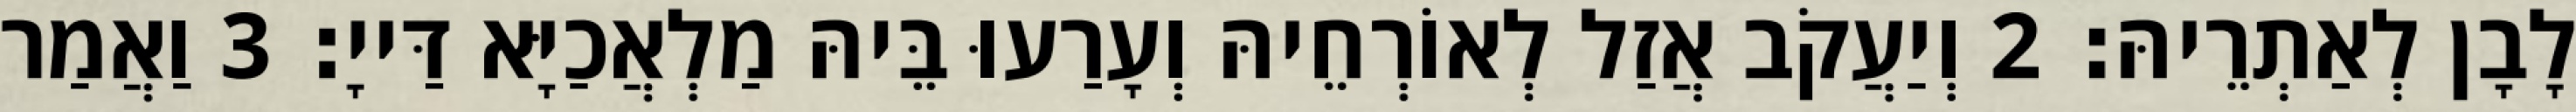
לָבָן לְאַתְרֵיהּ׃ 2 וְיַעֲקֹב אֲזַל לְאוֹרְחֵיהּ וְעָרַעוּ בֵּיהּ מַלְאֲכַיָּא דַּייָ׃ 3 וַאֲמַר